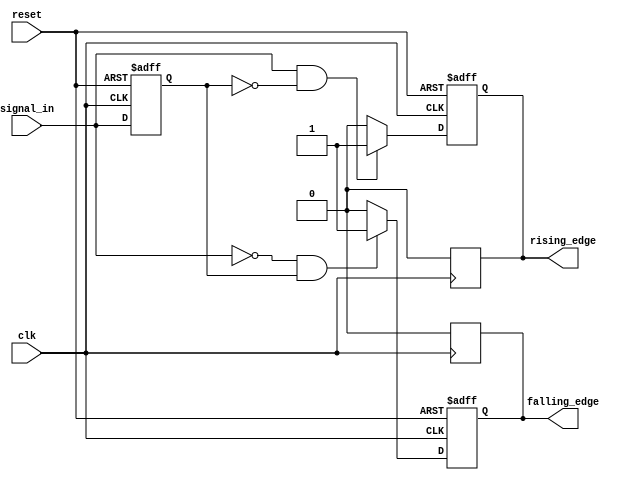
module dual_edge_detector (
    input wire clk,              // Clock input
    input wire reset,            // Asynchronous reset input
    input wire signal_in,        // Input signal to detect edges
    output reg rising_edge,      // Output signal for rising edge detection
    output reg falling_edge      // Output signal for falling edge detection
);

    // Internal register to hold the previous state of the input signal
    reg previous_state;

    // Always block to handle edge detection and state storage
    always @(posedge clk or posedge reset) begin
        if (reset) begin
            // Reset the state and outputs
            previous_state <= 1'b0;
            rising_edge <= 1'b0;
            falling_edge <= 1'b0;
        end else begin
            // Edge detection logic
            rising_edge <= (signal_in == 1'b1 && previous_state == 1'b0) ? 1'b1 : 1'b0;
            falling_edge <= (signal_in == 1'b0 && previous_state == 1'b1) ? 1'b1 : 1'b0;

            // Update previous state
            previous_state <= signal_in;
        end
    end

    // Always block to ensure rising and falling edges are one clock cycle wide
    always @(posedge clk) begin
        // Clear rising_edge and falling_edge after one clock cycle
        if (rising_edge) begin
            rising_edge <= 1'b0;
        end
        if (falling_edge) begin
            falling_edge <= 1'b0;
        end
    end

endmodule